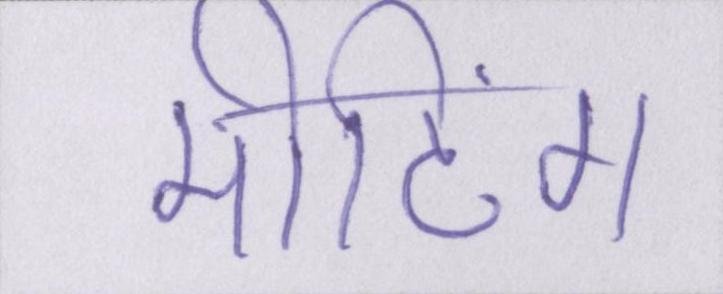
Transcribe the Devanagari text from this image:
मीटिंग